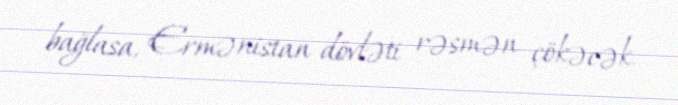
bağlasa, Ermənistan dövləti rəsmən çökəcək.